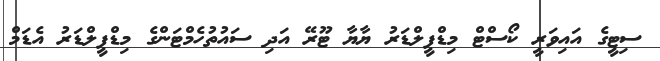
ސިޓީގެ އައިވަރީ ކޯސްޓް މިޑްފީލްޑަރު ޔާޔާ ޓޫރޭ އަދި ސައުތުހެމްޓަންގެ މިޑްފީލްޑަރު އެޑަމް